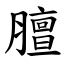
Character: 膻